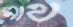
সাথ